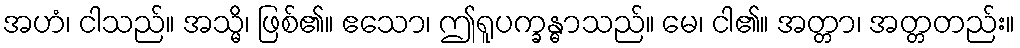
အဟံ၊ ငါသည်။ အသ္မိ၊ ဖြစ်၏။ ဧသော၊ ဤရူပက္ခန္ဓာသည်။ မေ၊ ငါ၏။ အတ္တာ၊ အတ္တတည်း။